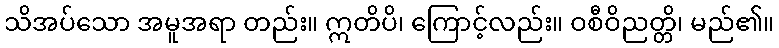
သိအပ်သော အမူအရာ တည်း။ ဣတိပိ၊ ကြောင့်လည်း။ ဝစီဝိညတ္တိ၊ မည်၏။